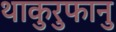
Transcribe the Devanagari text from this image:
थाकुरुफानु